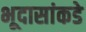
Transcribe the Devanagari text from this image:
भूदासांकडे